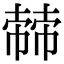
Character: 𢄬